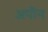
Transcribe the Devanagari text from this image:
अपॊन